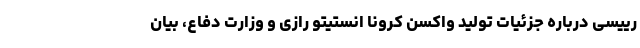
رییسی درباره جزئیات تولید واکسن کرونا انستیتو رازی و وزارت دفاع، بیان